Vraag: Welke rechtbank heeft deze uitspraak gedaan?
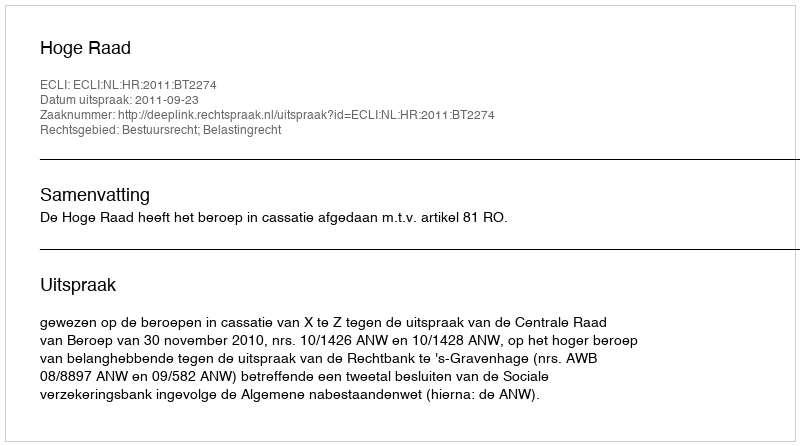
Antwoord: Hoge Raad